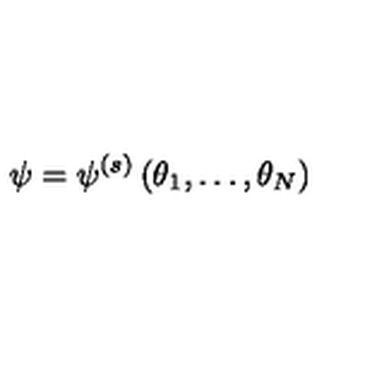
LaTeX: \psi = \psi ^ { ( s ) } \left( \theta _ { 1 } , \dots , \theta _ { N } \right)